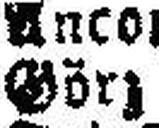
Görz